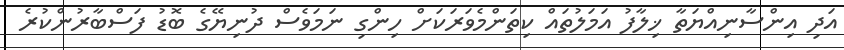
އަދި އިންސާނިއްޔަތާ ޚިލާފު އަމަލުތައް ކިތަންމެވަރަކަށް ހިންގި ނަމަވެސް ދުނިޔޭގެ ބޮޑު ފަސްބާރުންކުރެ